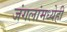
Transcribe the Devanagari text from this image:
जंगलांमध्येही